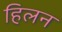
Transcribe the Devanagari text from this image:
हिलन